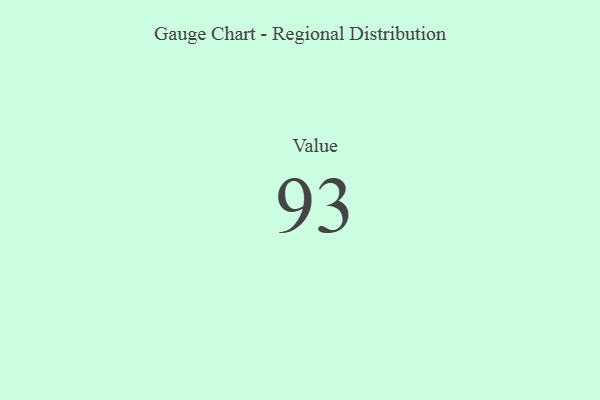
{"axis": {"x": "Metric", "y": "Value"}, "legend": [""], "data": [{"x": "Value", "y": 93, "type": ""}]}